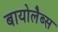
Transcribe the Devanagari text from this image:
बायोलैब्स